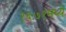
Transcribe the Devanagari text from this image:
१६७१मध्ये